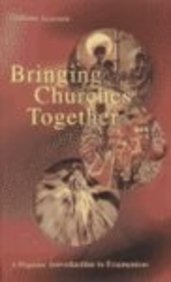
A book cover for Bringing Churches Together: A Popular Introduction to Ecumenism; Gideon Goosen; Christian Books & Bibles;